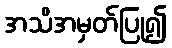
အသိအမှတ်ပြု၍